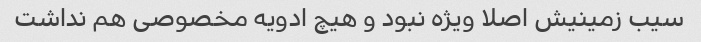
سیب زمینیش اصلا ویژه نبود و هیچ ادویه مخصوصی هم نداشت